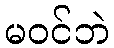
မဝင်ဘဲ